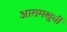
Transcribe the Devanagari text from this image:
आरामखुर्ची